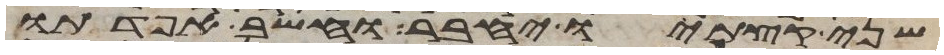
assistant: שני קצתיו יחבר וחשב אפדתו